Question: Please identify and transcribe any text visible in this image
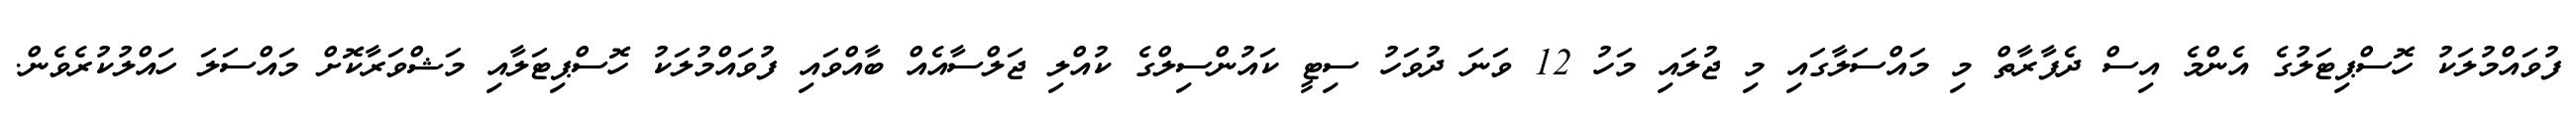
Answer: ފުވައްމުލަކު ހޮސްޕިޓަލުގެ އެންމެ އިސް ދެފާރާތް މި މައްސަލާގައި މި ޖުލައި މަހު 12 ވަނަ ދުވަހު ސިޓީ ކައުންސިލްގެ ކުއްލި ޖަލްސާއެއް ބާއްވައި ފުވައްމުލަކު ހޮސްޕިޓަލާއި މަޝްވަރާކޮށް މައްސަލަ ހައްލުކުރެވެން.